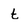
Character: t